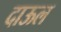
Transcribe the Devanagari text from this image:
दाऊल